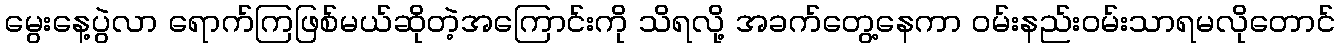
မွေးနေ့ပွဲလာ ရောက်ကြဖြစ်မယ်ဆိုတဲ့အကြောင်းကို သိရလို့ အခက်တွေ့နေကာ ဝမ်းနည်းဝမ်းသာရမလိုတောင်